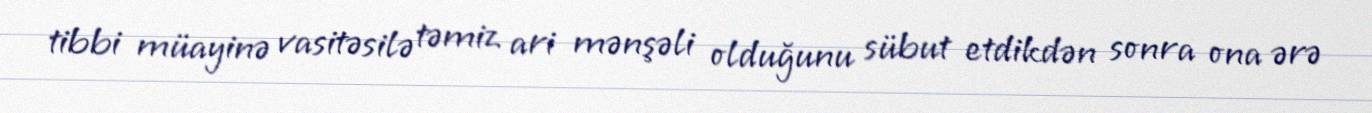
tibbi müayinə vasitəsilə təmiz ari mənşəli olduğunu sübut etdikdən sonra ona ərə